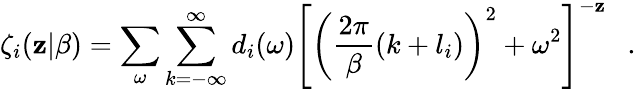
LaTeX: \zeta_{i}(\mathbf{z}|\beta)=\sum_{\omega}\sum_{k=-\infty}^{\infty}d_{i}(\omega)\left[\left({\frac{{2\pi}}{{\beta}}}(k+l_{i})\right)^{2}+\omega^{2}\right]^{-\mathbf{z}}~~~.